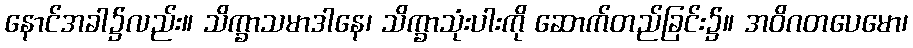
နောင်အခါ၌လည်း။ သိက္ခာသမာဒါနေ၊ သိက္ခာသုံးပါးကို ဆောက်တည်ခြင်း၌။ အဝိဂတပေမော၊